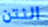
النتن